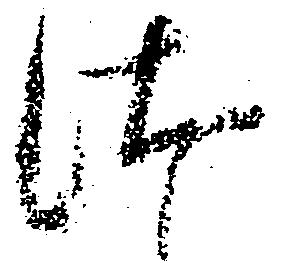
仕